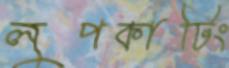
লুপকাটিং